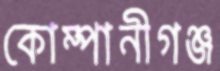
কোম্পানীগঞ্জ